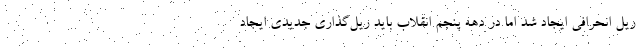
ریل انحرافی ایجاد شد اما در دهه پنجم انقلاب باید ریل‌گذاری جدیدی ایجاد